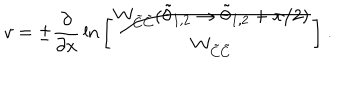
v = \pm { \frac { \partial } { \partial x } } \ln \bigg [ { \frac { W _ { \tilde { C } \tilde { C } } ( \tilde { \theta } _ { 1 , 2 } \rightarrow \tilde { \theta } _ { 1 , 2 } + \pi / 2 ) } { W _ { \tilde { C } \tilde { C } } } } \bigg ] ~ .